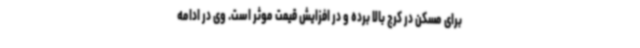
برای مسکن در کرج بالا برده و در افزایش قیمت موثر است. وی در ادامه